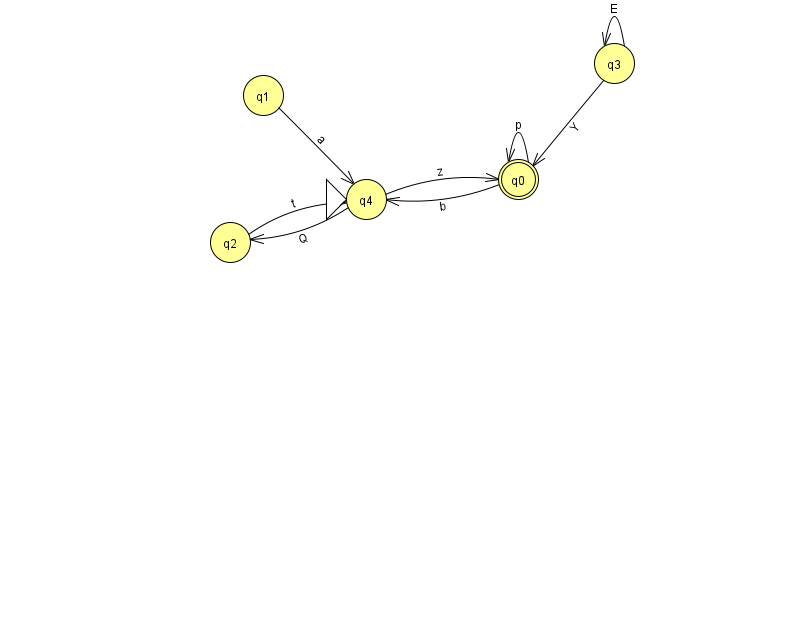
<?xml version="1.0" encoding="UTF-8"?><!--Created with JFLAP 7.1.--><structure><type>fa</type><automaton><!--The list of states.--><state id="0" name="q0"><x>518.0</x><y>166.0</y><final/></state><state id="1" name="q1"><x>263.0</x><y>82.0</y></state><state id="2" name="q2"><x>230.0</x><y>229.0</y></state><state id="3" name="q3"><x>614.0</x><y>50.0</y></state><state id="4" name="q4"><x>366.0</x><y>186.0</y><initial/></state><!--The list of transitions.--><transition><from>0</from><to>0</to><read>p</read></transition><transition><from>1</from><to>4</to><read>a</read></transition><transition><from>3</from><to>0</to><read>Y</read></transition><transition><from>3</from><to>3</to><read>E</read></transition><transition><from>4</from><to>0</to><read>z</read></transition><transition><from>4</from><to>2</to><read>Q</read></transition><transition><from>2</from><to>4</to><read>t</read></transition><transition><from>0</from><to>4</to><read>b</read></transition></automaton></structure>